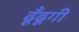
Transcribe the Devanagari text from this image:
ढूँढूगी